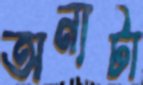
অন্যটা